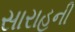
સારાહની